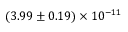
( 3 . 9 9 \pm 0 . 1 9 ) \times 1 0 ^ { - 1 1 }